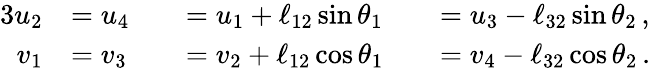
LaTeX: \begin{array}{rlrlrl}{{3}\vphantom{f^{2}}u_{2}}&{=u_{4}}&&{=u_{1}+\ell_{12}\sin{\theta}_{1}}&&{=u_{3}-\ell_{32}\sin{\theta}_{2}\, ,}\\ {v_{1}}&{=v_{3}}&&{=v_{2}+\ell_{12}\cos{\theta}_{1}}&&{=v_{4}-\ell_{32}\cos{\theta}_{2}\, .}\end{array}